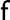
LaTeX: \mathsf{f}